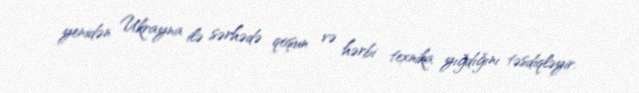
yenidən Ukrayna ilə sərhədə qoşun və hərbi texnika yığdığını təsdiqləyir.